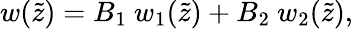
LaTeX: w(\tilde{z})=B_{1}\ w_{1}(\tilde{z})+B_{2}\ w_{2}(\tilde{z}),